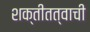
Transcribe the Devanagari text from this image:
शक्तीतत्वाची